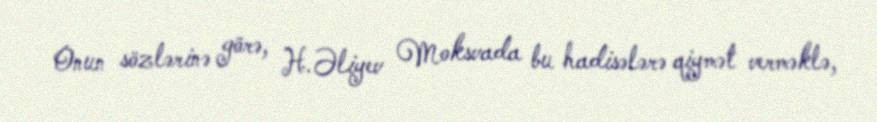
Onun sözlərinə görə, H.Əliyev Moksvada bu hadisələrə qiymət verməklə,